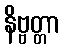
နိဗ္ဗတ္တာ